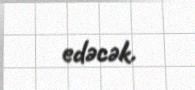
edəcək.